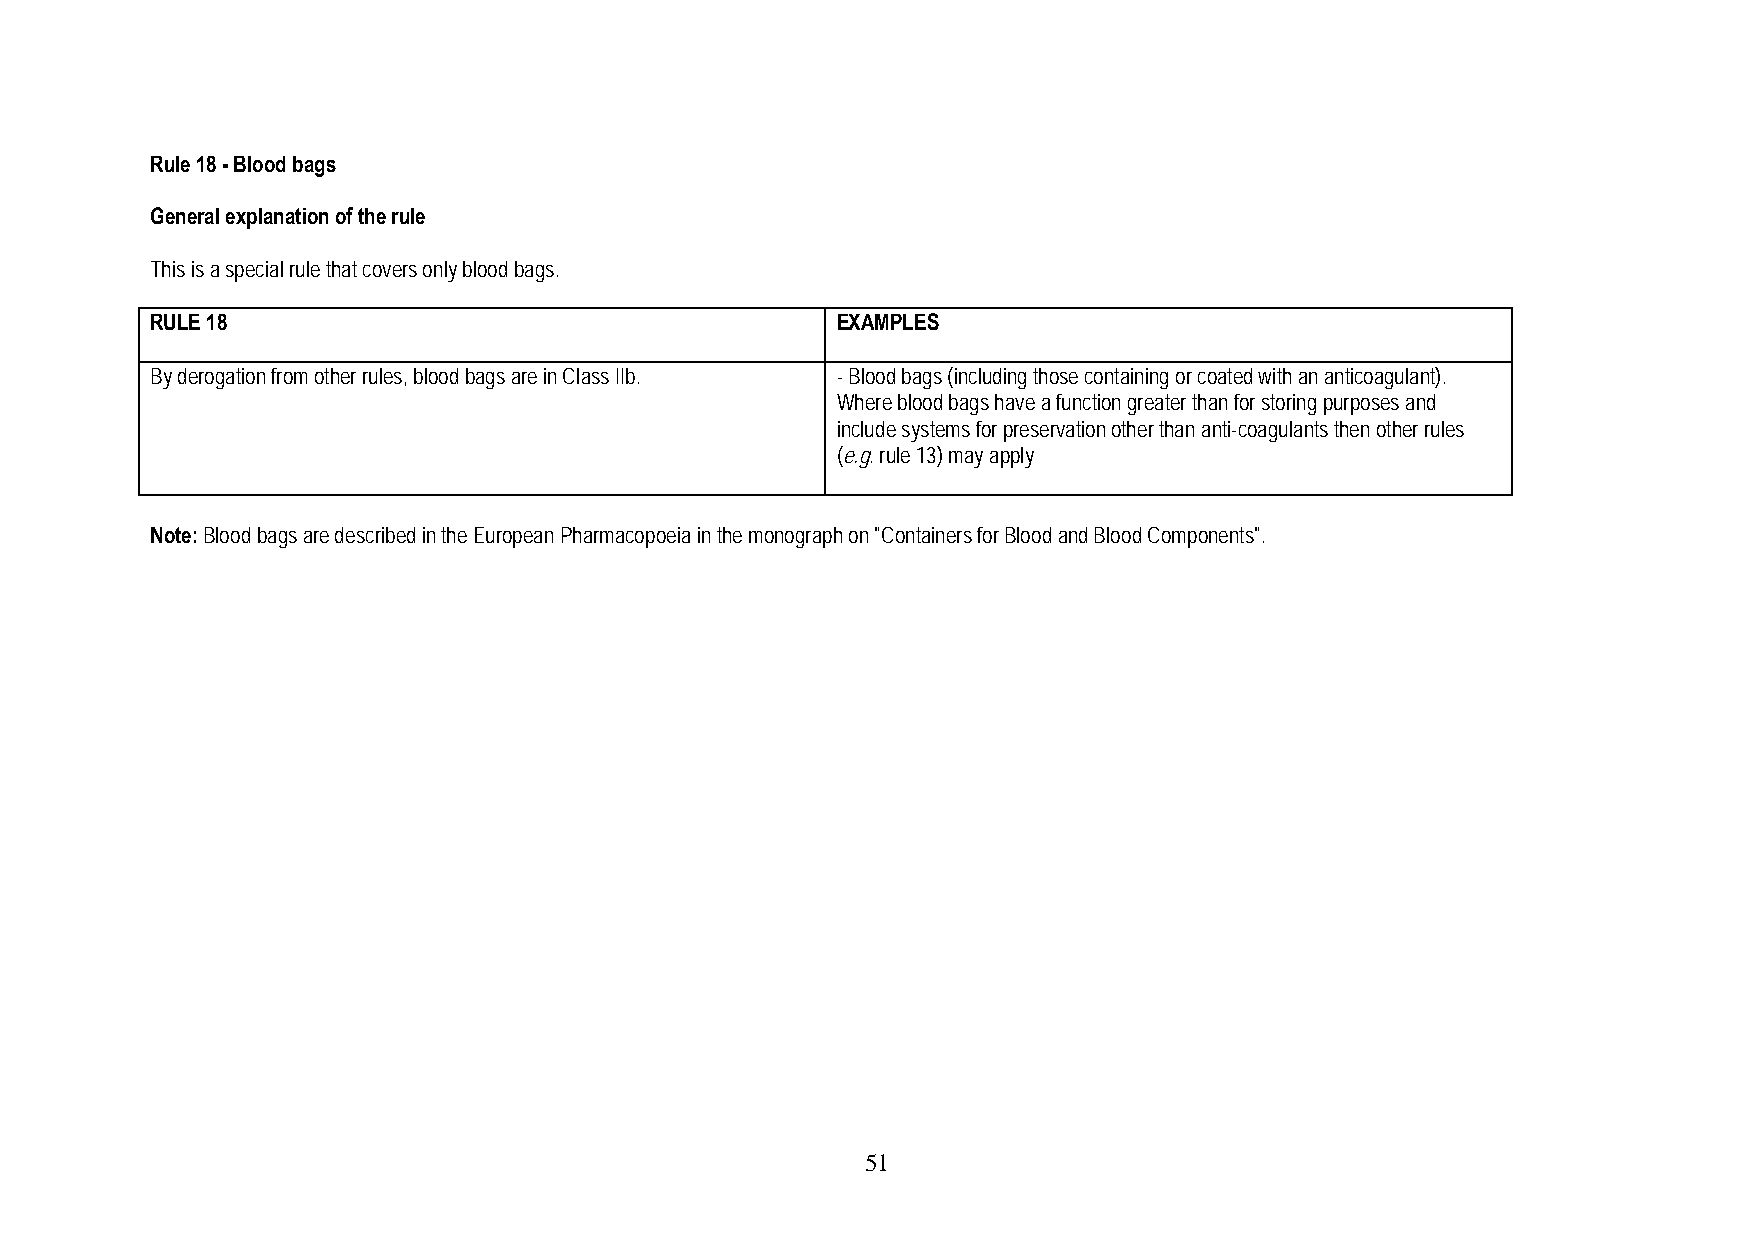
Rule 18 - Blood bags
 General explanation of the rule
 This is a special rule that covers only blood bags.
 RULE 18                                      EXAMPLES
 By derogation from other rules, blood bags are in Class IIb. - Blood bags (including those containing or coated with an anticoagulant).
 Where blood bags have a function greater than for storing purposes and
 include systems for preservation other than anti-coagulants then other rules
 (e.g. rule 13) may apply
 Note: Blood bags are described in the European Pharmacopoeia in the monograph on "Containers for Blood and Blood Components".
 5 1